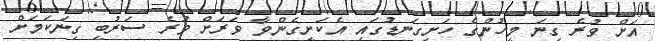
އަށް ވުރެ ގިނަ މީހުންގެ ހަށިގަނޑުގައި އެކަށީގެންވާ ވަރަށް ވުރެ ސަރުބީ ގިނަކަމަށް